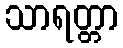
သာရတ္တာ